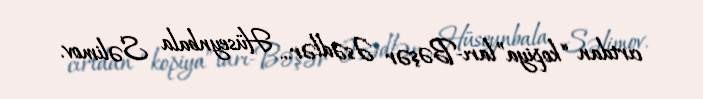
cırtdan “kopiya”ları-Bəşər Əsədlər... Hüseynbala Səlimov.